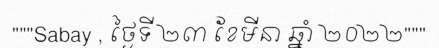
"""Sabay , ថ្ងៃទី ២៣ ខែមីនា ឆ្នាំ ២០២២"""